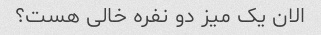
الان یک میز دو نفره خالی هست؟